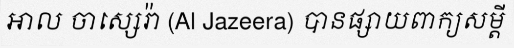
អាល ចាស្សេរ៉ា (Al Jazeera) បានផ្សាយពាក្យសម្តី